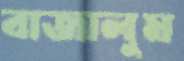
বাজালুম